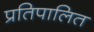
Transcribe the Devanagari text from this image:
प्रतिपालित